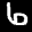
Label: 6